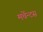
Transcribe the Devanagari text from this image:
मर्चेन्टस